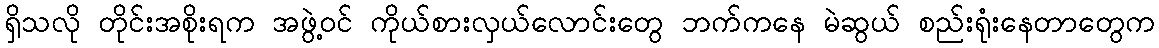
ရှိသလို တိုင်းအစိုးရက အဖွဲ့ဝင် ကိုယ်စားလှယ်လောင်းတွေ ဘက်ကနေ မဲဆွယ် စည်းရုံးနေတာတွေက